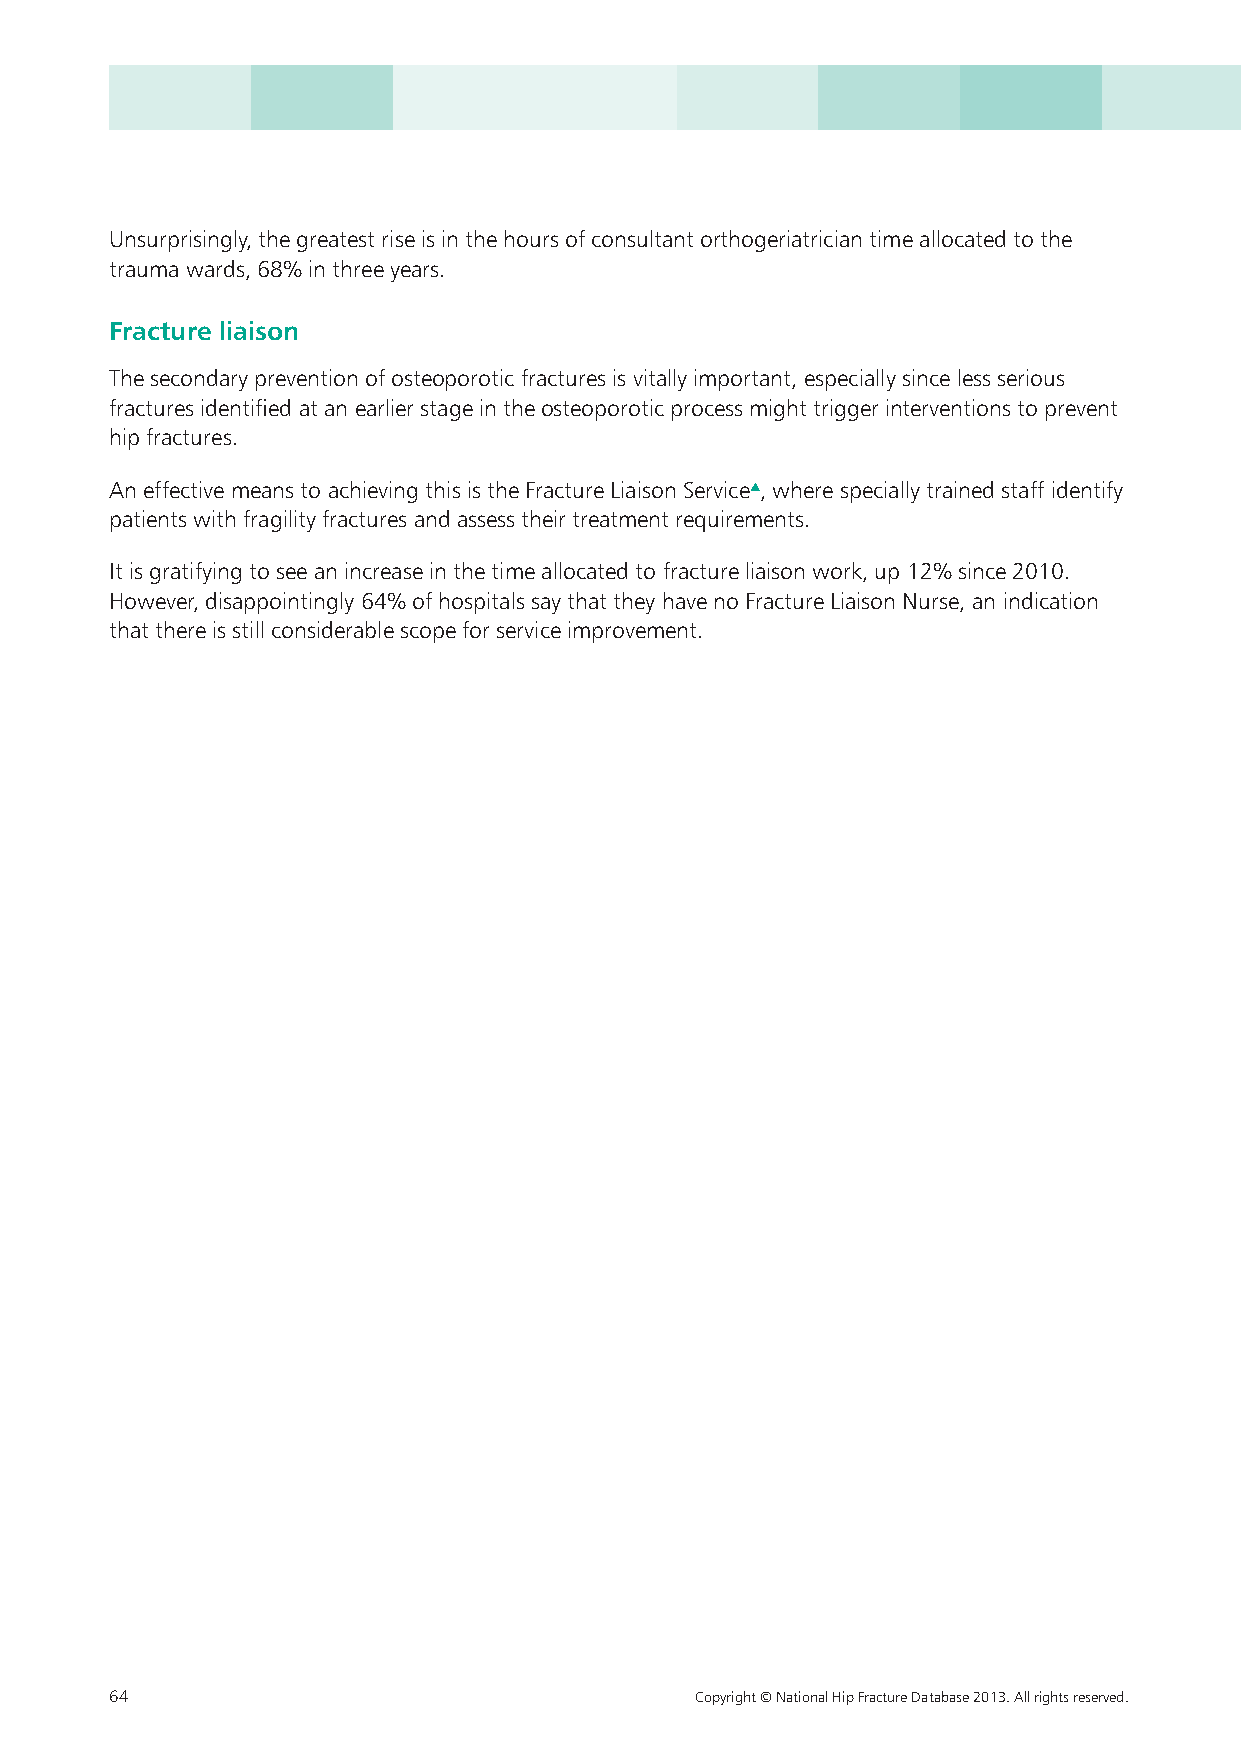
Unsurprisingly, the greatest rise is in the hours of consultant orthogeriatrician time allocated to the
 trauma wards, 68% in three years.
 Fracture liaison
 The secondary prevention of osteoporotic fractures is vitally important, especially since less serious
 fractures identified at an earlier stage in the osteoporotic process might trigger interventions to prevent
 hip fractures.
 An effective means to achieving this is the Fracture Liaison Service▲, where specially trained staff identify
 patients with fragility fractures and assess their treatment requirements.
 It is gratifying to see an increase in the time allocated to fracture liaison work, up 12% since 2010.
 However, disappointingly 64% of hospitals say that they have no Fracture Liaison Nurse, an indication
 that there is still considerable scope for service improvement.
 64                                     Copyright © National Hip Fracture Database 2013. All rights reserved.